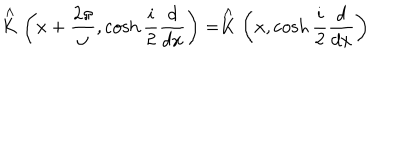
\stackrel { \wedge } { K } \left( x + \frac { 2 \pi } { \omega } , \cosh \frac { i } { 2 } \frac { d } { d x } \right) = \stackrel { \wedge } { K } \left( x , \cosh \frac { i } { 2 } \frac { d } { d x } \right)